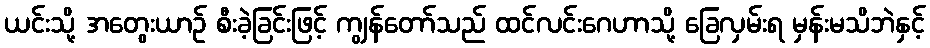
ယင်းသို့ အတွေးယာဉ် စီးခဲ့ခြင်းဖြင့် ကျွန်တော်သည် ထင်လင်းဂေဟာသို့ ခြေလှမ်းရ မှန်းမသိဘဲနှင့်